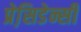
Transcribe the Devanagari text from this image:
प्रेसि़डेन्सी